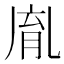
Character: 𦚯